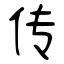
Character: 传